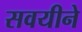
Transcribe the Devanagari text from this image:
सवयीने